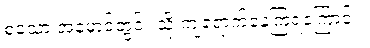
စသော အမှောင်တွင်း သို့ ကျရောက်နေကြရကြောင်း။